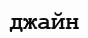
джайн